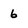
Character: 6